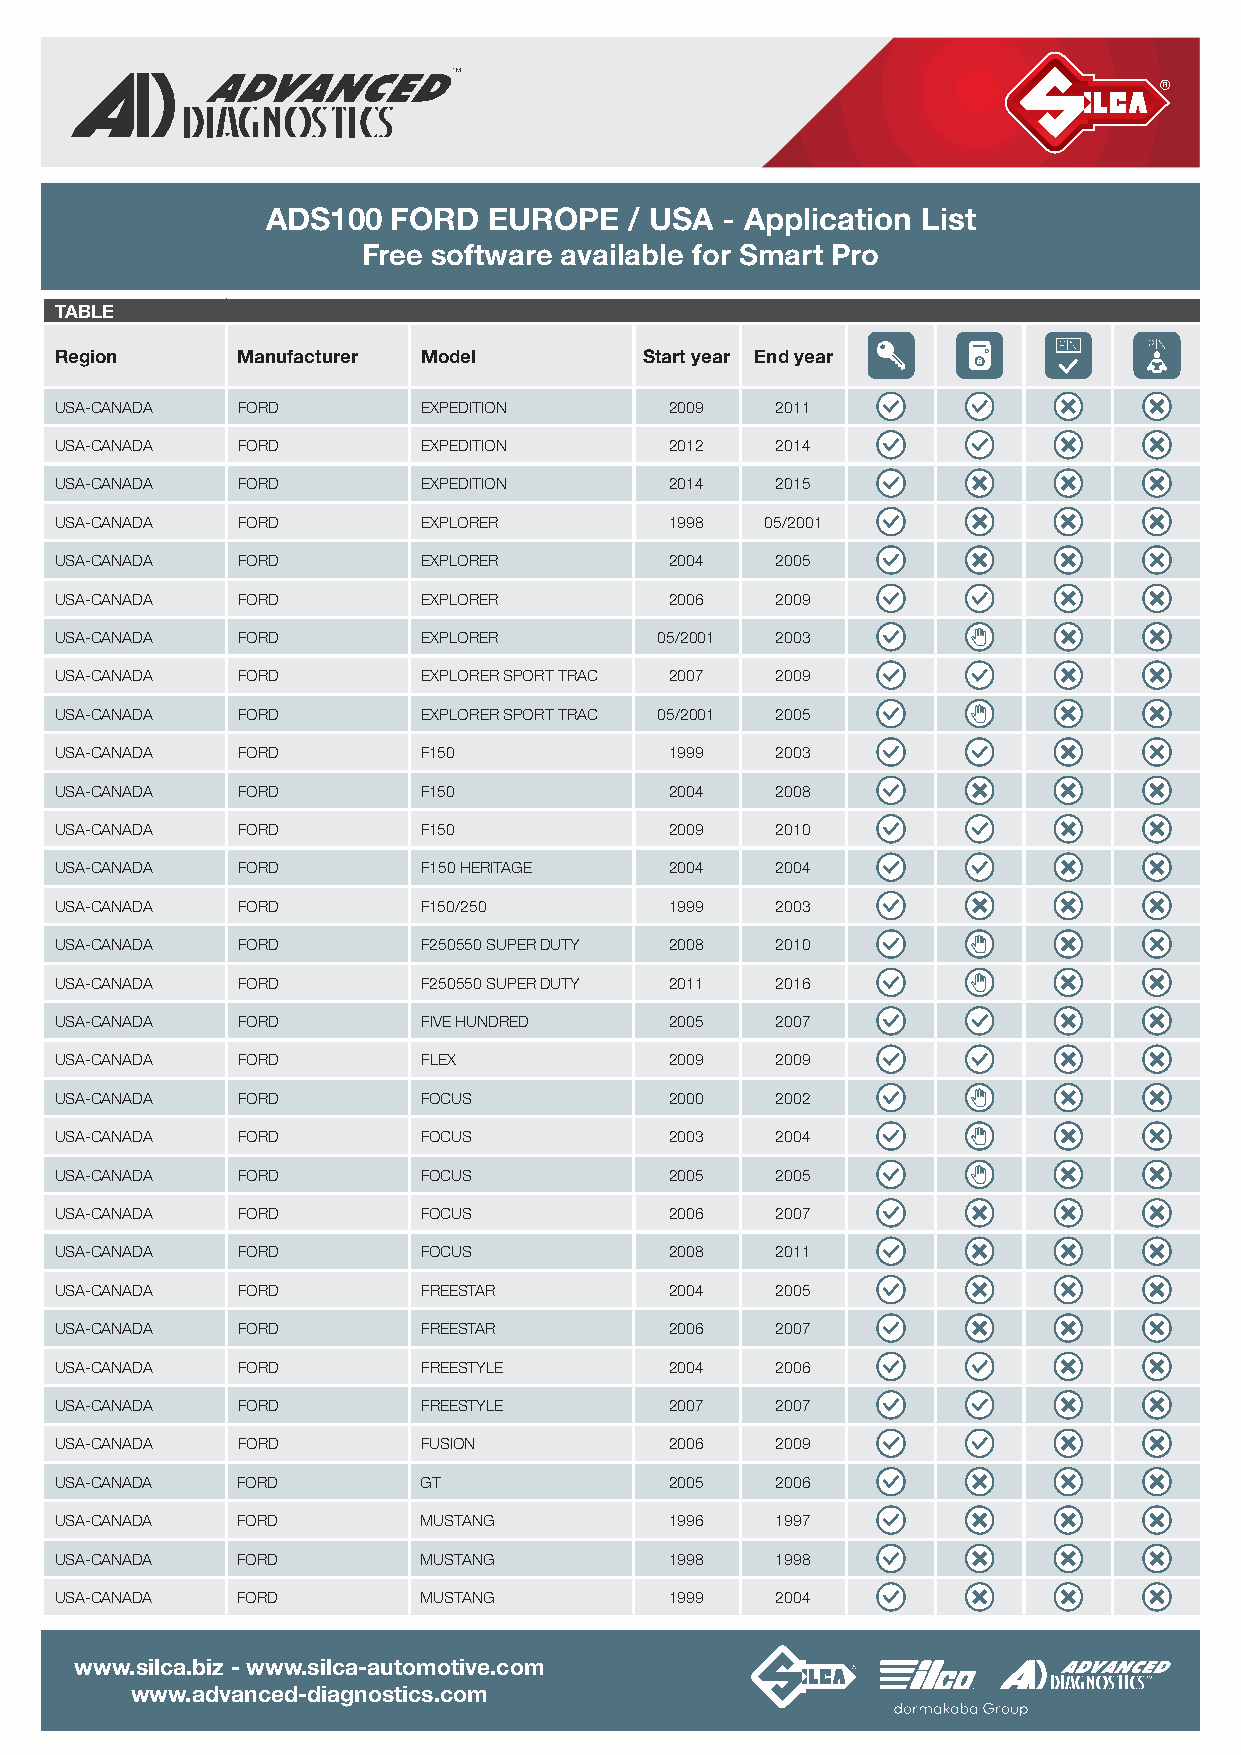
ADS100  FORD  EUROPE    / USA - Application List
 Free software available for Smart Pro
 TABLE
 Region      Manufacturer Model         Start year End year
 USA- CANADA FORD        EXPEDITION      2009   2011
 USA- CANADA FORD        EXPEDITION      2012   2014
 USA- CANADA FORD        EXPEDITION      2014   2015
 USA- CANADA FORD        EXPLORER        1998   05/2001
 USA- CANADA FORD        EXPLORER        2004   2005
 USA- CANADA FORD        EXPLORER        2006   2009
 USA- CANADA FORD        EXPLORER        05/2001 2003
 USA- CANADA FORD        EXPLORER SPORT TRAC 2007 2009
 USA- CANADA FORD        EXPLORER SPORT TRAC 05/2001 2005
 USA- CANADA FORD        F150            1999   2003
 USA- CANADA FORD        F150            2004   2008
 USA- CANADA FORD        F150            2009   2010
 USA- CANADA FORD        F150 HERITAGE   2004   2004
 USA- CANADA FORD        F150/250        1999   2003
 USA- CANADA FORD        F2505 50 SUPER DUTY 2008 2010
 USA- CANADA FORD        F2505 50 SUPER DUTY 2011 2016
 USA- CANADA FORD        FIVE HUNDRED    2005   2007
 USA- CANADA FORD        FLEX            2009   2009
 USA- CANADA FORD        FOCUS           2000   2002
 USA- CANADA FORD        FOCUS           2003   2004
 USA- CANADA FORD        FOCUS           2005   2005
 USA- CANADA FORD        FOCUS           2006   2007
 USA- CANADA FORD        FOCUS           2008   2011
 USA- CANADA FORD        FREESTAR        2004   2005
 USA- CANADA FORD        FREESTAR        2006   2007
 USA- CANADA FORD        FREESTYLE       2004   2006
 USA- CANADA FORD        FREESTYLE       2007   2007
 USA- CANADA FORD        FUSION          2006   2009
 USA- CANADA FORD        GT              2005   2006
 USA- CANADA FORD        MUSTANG         1996   1997
 USA- CANADA FORD        MUSTANG         1998   1998
 USA- CANADA FORD        MUSTANG         1999   2004
 www.silca.biz - www.silca-automotive.com
 www.advanced-diagnostics.com